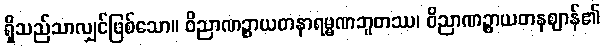
ရှိသည်သာလျှင်ဖြစ်သော။ ဝိညာဏဉ္စာယတနာရမ္မဏဘူတဿ၊ ဝိညာဏဉ္စာယတနဈာန်၏